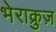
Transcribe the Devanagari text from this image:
भेराक्रुज़